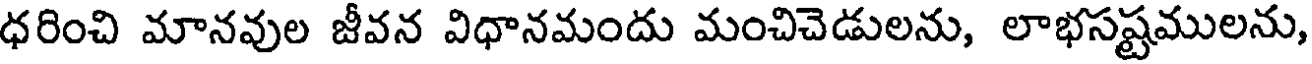
ధరించి మానవుల జీవన విధానమందు మంచిచెడులను, లాభసష్టములను,